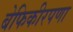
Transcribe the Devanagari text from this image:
बेफिकीरपणा